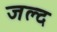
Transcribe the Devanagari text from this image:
जल्द